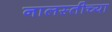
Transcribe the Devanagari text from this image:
नालस्तीच्या